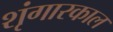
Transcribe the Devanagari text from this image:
शृंगारकाल